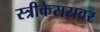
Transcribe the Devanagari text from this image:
स्त्रीकेसरावर